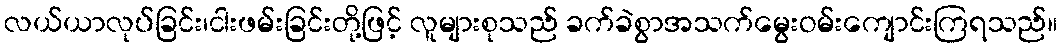
လယ်ယာလုပ်ခြင်း၊ငါးဖမ်းခြင်းတို့ဖြင့် လူများစုသည် ခက်ခဲစွာအသက်မွေးဝမ်းကျောင်းကြရသည်။